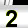
Digit: 2